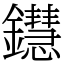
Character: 𨯚